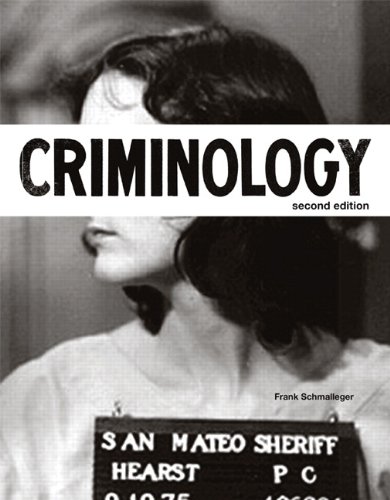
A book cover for Criminology (2nd Edition) (The Justice Series); Frank J. Schmalleger; Law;